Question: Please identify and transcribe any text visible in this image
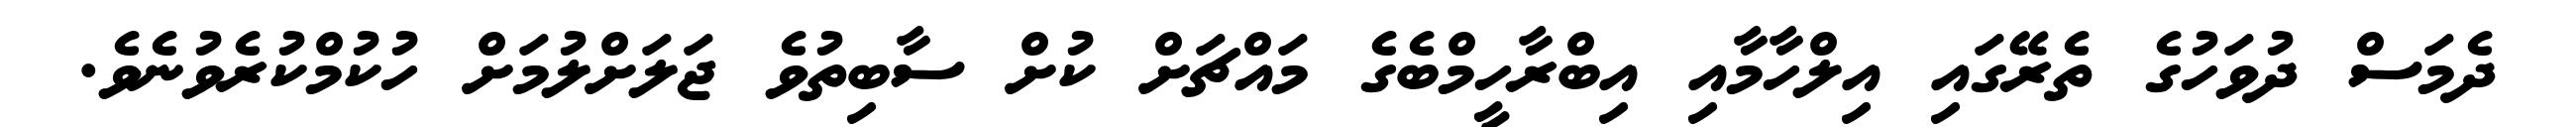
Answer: ދެމަސް ދުވަހުގެ ތެރޭގައި އިލްހާމާއި އިބްރާހީމްބެގެ މައްޗަށް ކުށް ސާބިތުވެ ޖަލަށްލުމަށް ހުކުމްކުރެވުނެވެ.